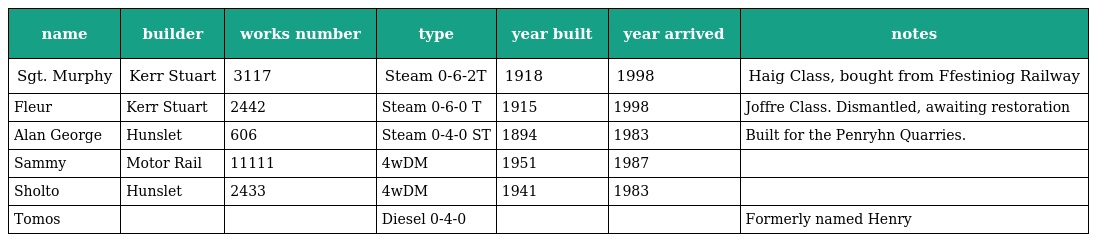
| name | builder | works number | type | year built | year arrived | notes |
 | --- | --- | --- | --- | --- | --- | --- |
 | Sgt. Murphy | Kerr Stuart | 3117 | Steam 0-6-2T | 1918 | 1998 | Haig Class, bought from Ffestiniog Railway |
 | Fleur | Kerr Stuart | 2442 | Steam 0-6-0 T | 1915 | 1998 | Joffre Class. Dismantled, awaiting restoration |
 | Alan George | Hunslet | 606 | Steam 0-4-0 ST | 1894 | 1983 | Built for the Penryhn Quarries. |
 | Sammy | Motor Rail | 11111 | 4wDM | 1951 | 1987 |  |
 | Sholto | Hunslet | 2433 | 4wDM | 1941 | 1983 |  |
 | Tomos |  |  | Diesel 0-4-0 |  |  | Formerly named Henry |